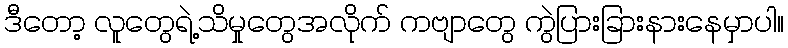
ဒီတော့ လူတွေရဲ့သိမှုတွေအလိုက် ကဗျာတွေ ကွဲပြားခြားနားနေမှာပါ။